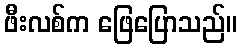
ဖီးလစ်က ဖြေပြောသည်။